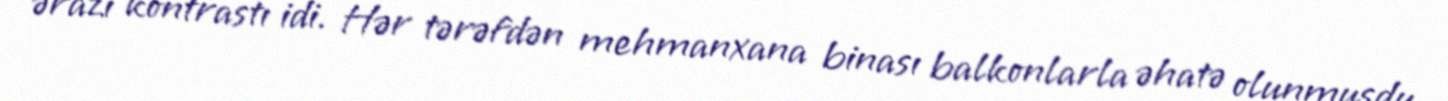
ərazi kontrastı idi. Hər tərəfdən mehmanxana binası balkonlarla əhatə olunmuşdu.